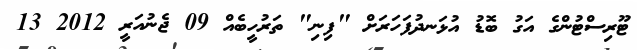
ޓޫރިސްޓުންގެ އަގު ބޮޑު އުޅަނދުފަހަރަށް "ފިނި" ތަރުހީބެއް 09 ޖެނުއަރީ 2012 13